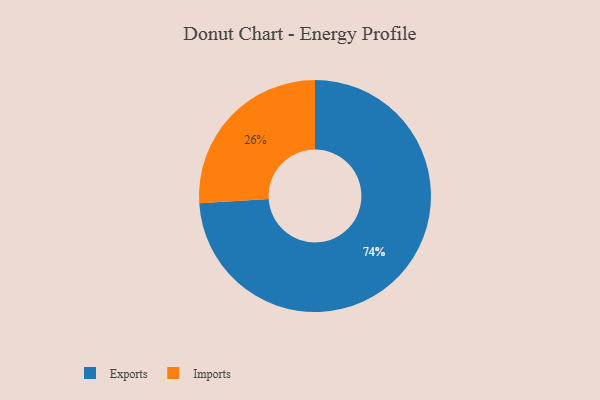
{"axis": {"x": "Category", "y": "Percentage"}, "legend": ["Exports", "Imports"], "data": [{"x": "Exports", "y": 74, "type": "Exports"}, {"x": "Imports", "y": 26, "type": "Imports"}]}